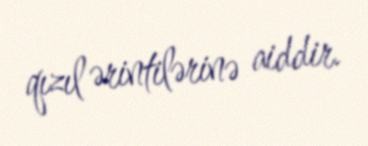
qızıl ərintilərinə aiddir.